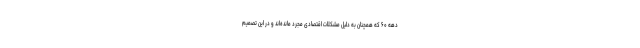
دهه ۶۰ که همچنان به دلیل مشکلات اقتصادی مجرد مانده‌اند و در این تصمیم